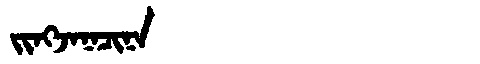
Manchu: ᠵᡳᠩᠵᠠᠨᠠᠴᡳᠨᠠ
Romanization: JINGJANACINA